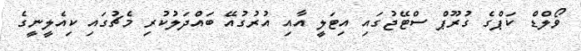
ވޯލްޑް ކަޕްގެ ގުރޫޕް ސްޓޭޖުގައި އިޓަލީ އާއި އުރުގުއޭ ބައްދަލުކުރި މެޗުގައި ކިއެލީނީގެ